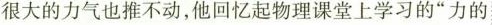
很大的力气也推不动，他回忆起物理课堂上学习的”力的